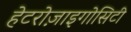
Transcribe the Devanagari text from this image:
हेटरोज़ाइगोसिटी